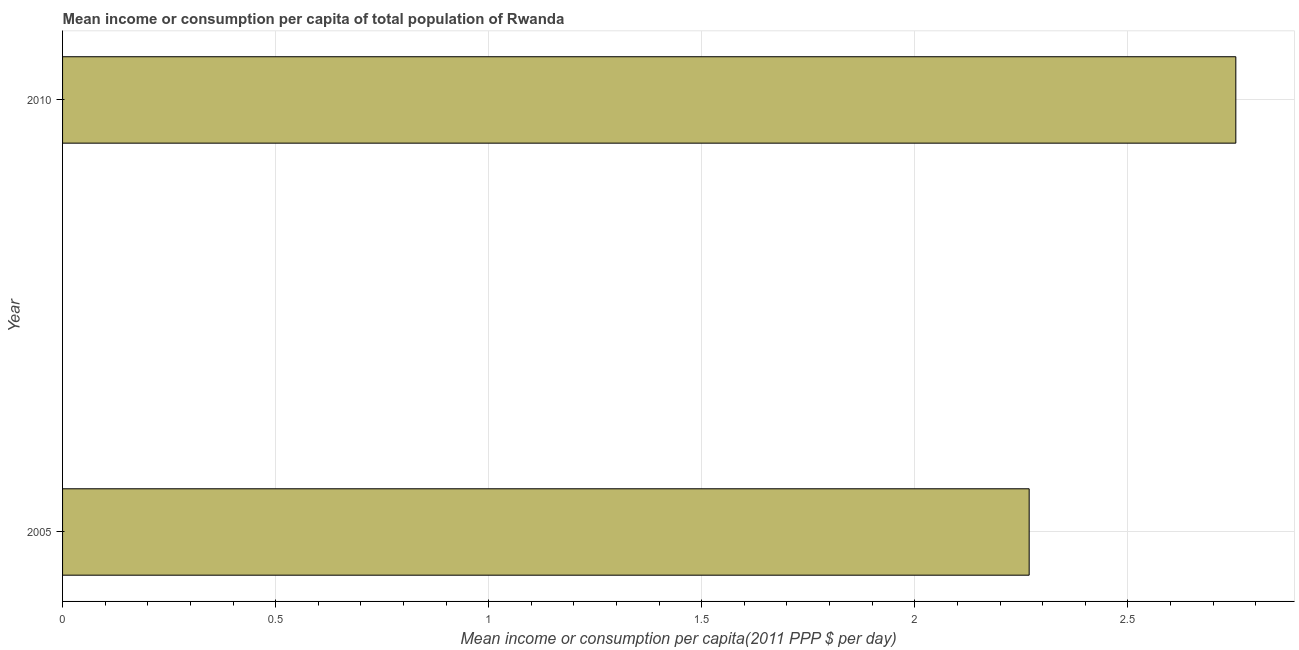
| Year | Total population |
 | --- | --- |
 | 2005 | 2.27 |
 | 2010 | 2.75 |